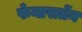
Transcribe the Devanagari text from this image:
फेनासतेंन